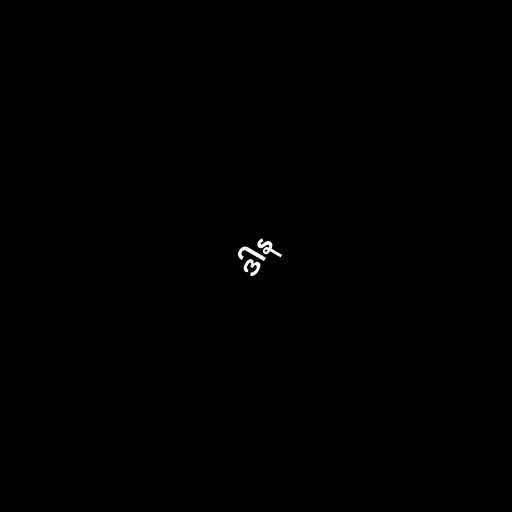
ဒါန